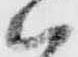
ハ